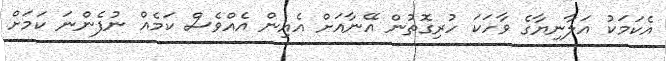
އެކަމަކު އަލާނިޔާގެ ވާހަކަ ހުރިގޮތުން އޭނާއަށް އެއިން އެއްވެސް ކަމެއް ނުފެންނަ ކަމަށް